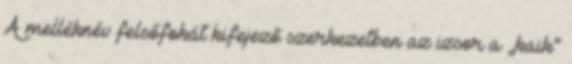
A melléknév felsőfokát kifejező szerkezetben az izsor a „kaik”